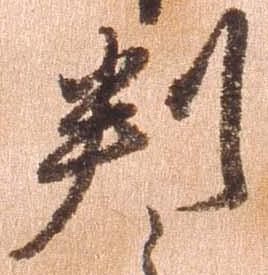
判